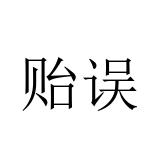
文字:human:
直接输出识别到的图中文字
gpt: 贻误